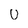
Character: U